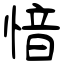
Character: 愔